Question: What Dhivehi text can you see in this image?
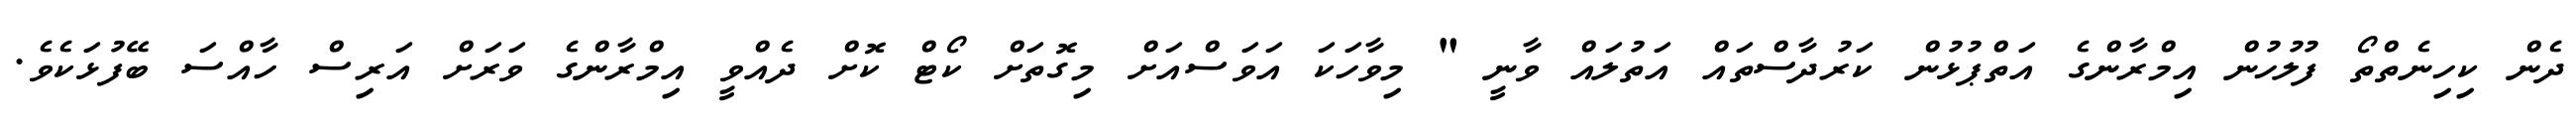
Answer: ދެން ކިހިނެތްތޯ ފުލުހުން އިމްރާންގެ އަތްޕުޅުން ކަރުދާސްތައް އަތުލައް ވާނީ " މިވާހަކަ އަވަސްއަށް މިގޮތަށް ކޯޓް ކޮށް ދެއްވީ އިމްރާންގެ ވަރަށް އަރިސް ހާއްސަ ބޭފުޅަކެވެ.